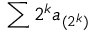
\sum 2 ^ { k } a _ { ( 2 ^ { k } ) }